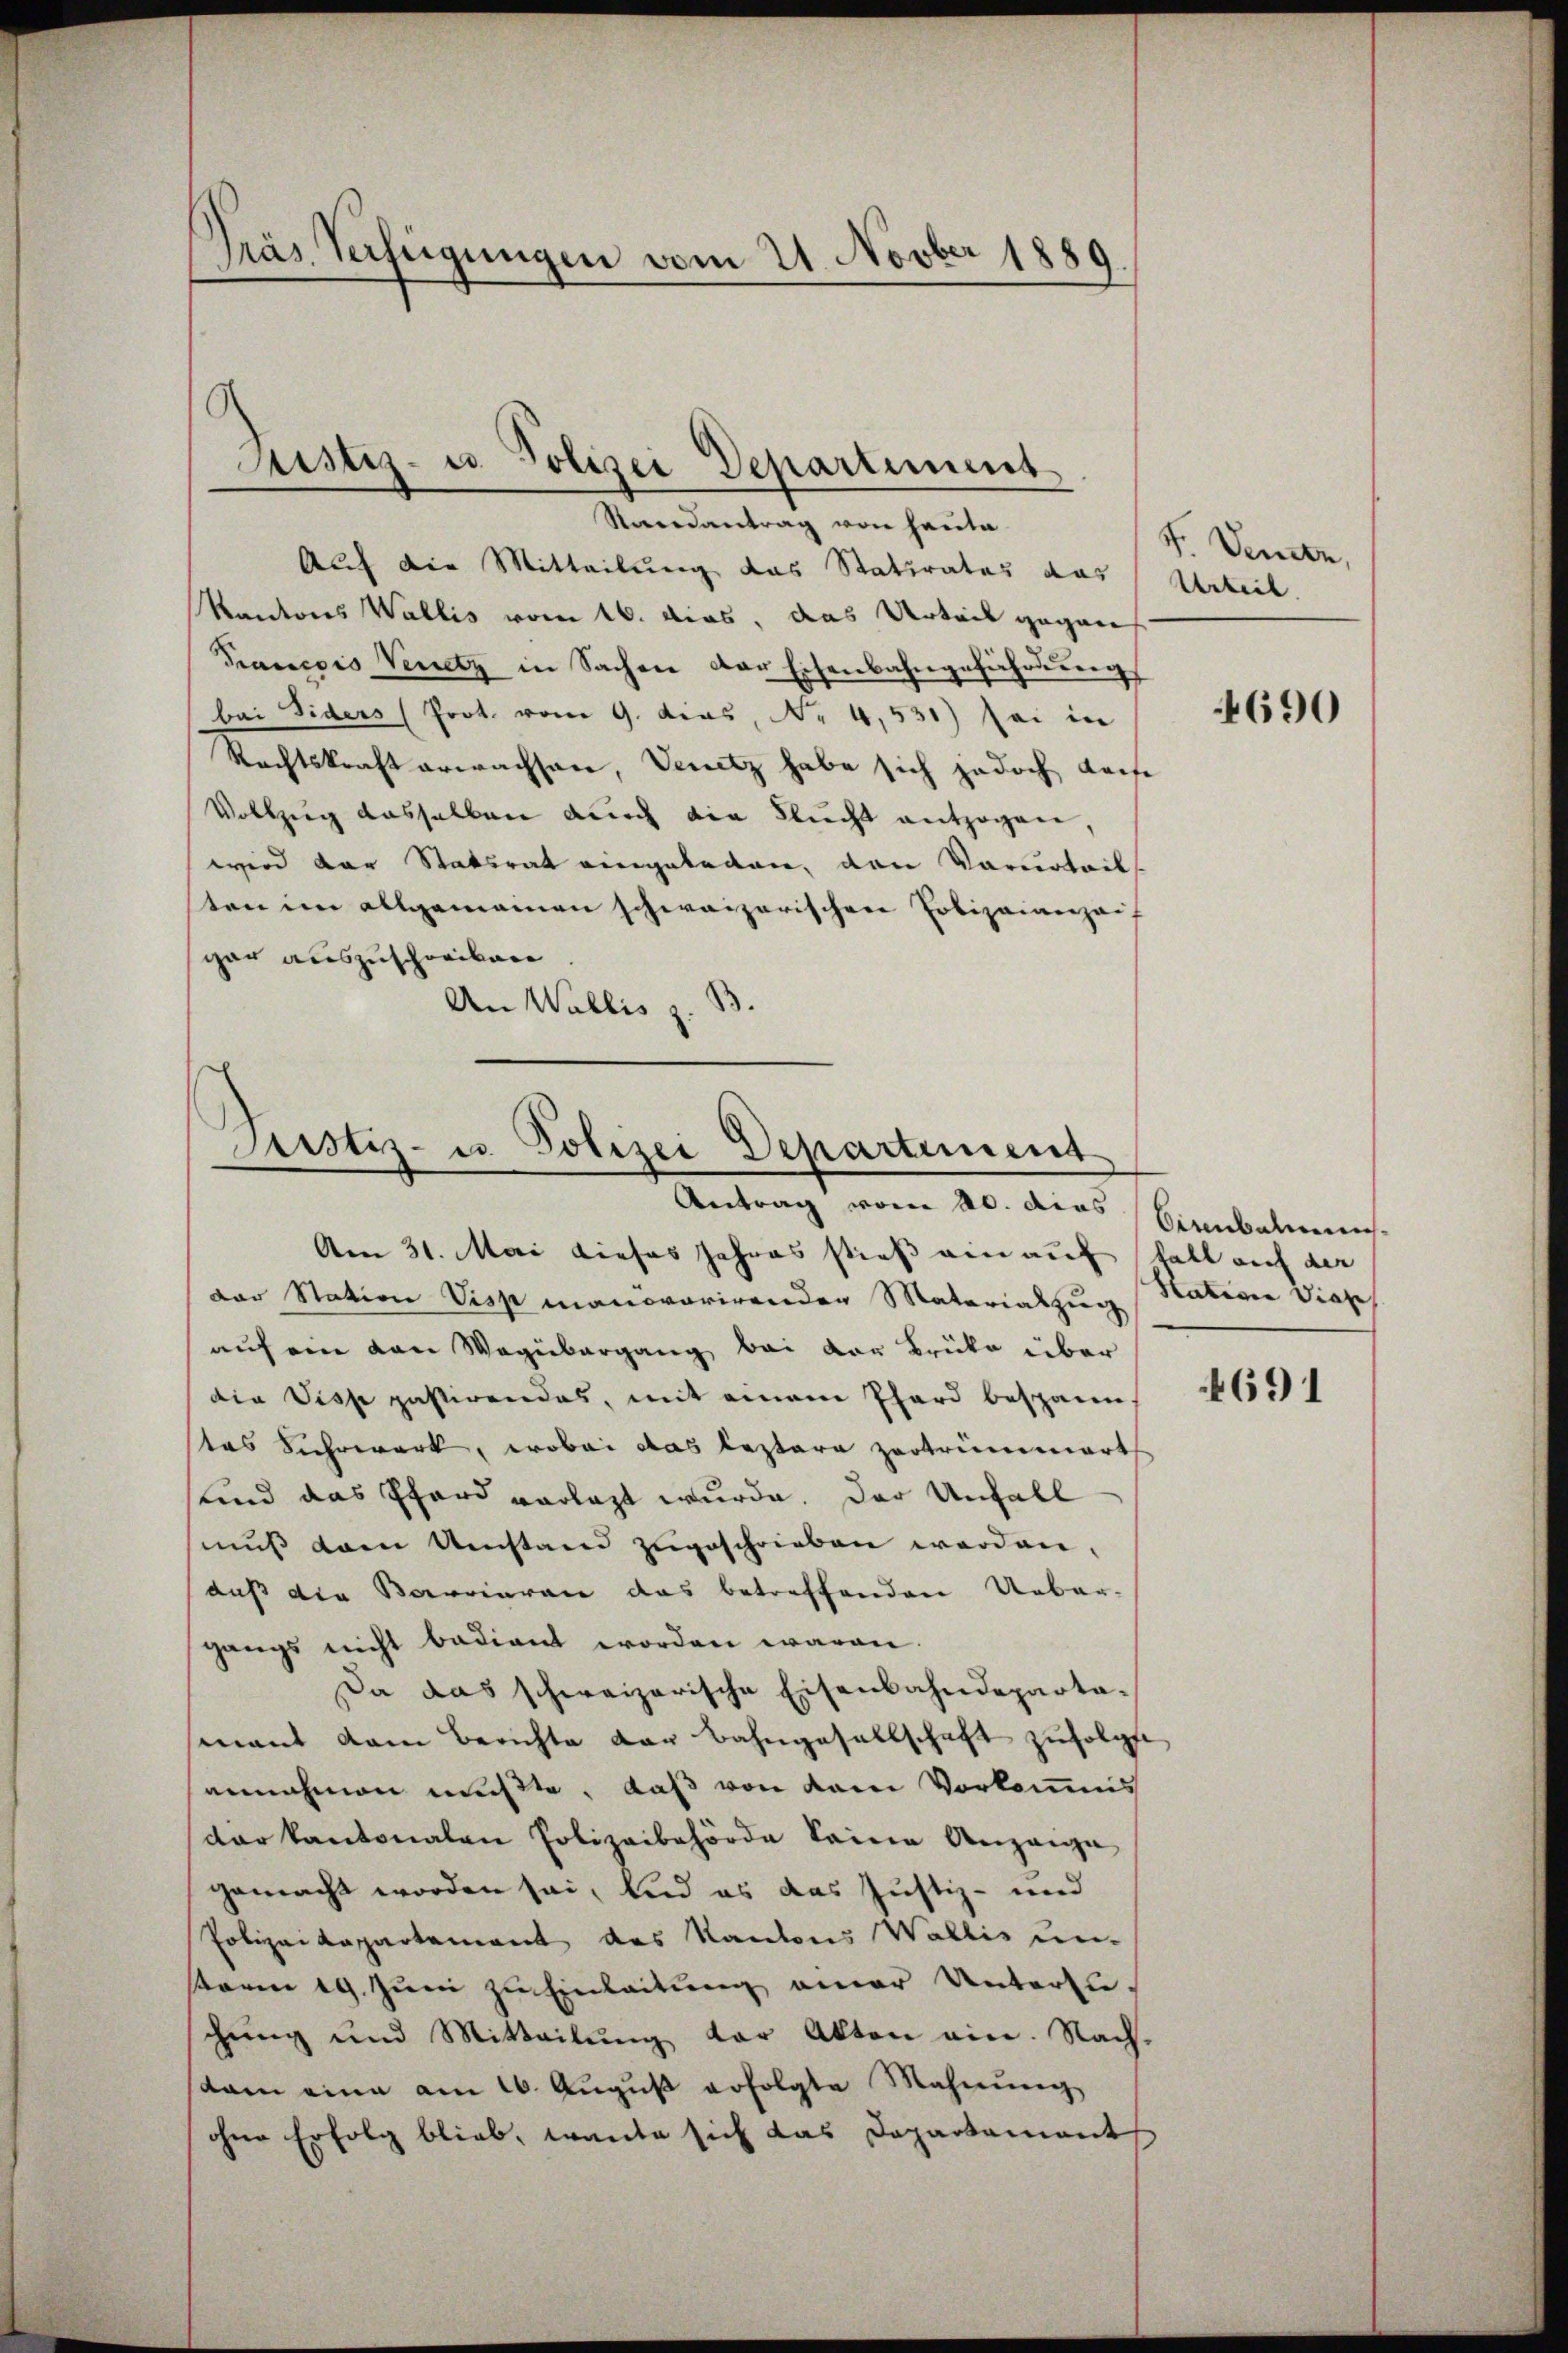
Präs. Verfügungen vom 21. Novber 1889.

Justiz- u. Polizei Departiment
Randantrag von Hauta

Auf die Mitteilung das Statirates das
Kantons Wallis vom 16. dies, das Urteil gegen
Tanesis Venetz in Sachen der Eisenbahngeführung
bai Siders (Prot. vom 9. dies, No 4,531) sei in
Rechtskraft erwachsen, Venetz habe sich jedoch dache
Vollzug dasselben durch die Flŭcht entzogen,
wird der Statsrat eingeladen, den Verurteil
ten im allgemeinen schweizerischen Polizeianzei
gar auszuschreiben
An Wallis z. B.

Justiz- u. Polizei Departement
Antrag vom 20. das Birnbaumes

Am 31. Mai dieses Jahres stieß ein auf fall auf der
Der Station Visp manovarirender Materiakzug Natione diese
aŭf ein von Wegübergang bei der Brüke über
die Disse pastirendes, mit einem Phard bespann,
stes Fuhrwerk, wobei das leztere zertrümmert
und das Phard vorlegt wurde. Der Unfall
muß dann Umstand zugeschrieben worden.
daß die Barrieren das betreffenden Ueber-
gangs nicht badiant worden waren.
Da das schweizerische Eisenbahndepartamant dem Berichte der Bahngesellschaft zufolgte
annahmen mußte, daß von dem Vorkommnis
dar kantonalen Polizeibehörde keine Anzeige
gemacht worden sei, und es das Justiz- und
Polizeikappartement des Kantons Wallis un-
sterie 19. Juni zu Einleitung einer Unterzuchung und Mitteilung der Akten ein. Nach-
kam eine am 16. August erfolgte Mahnung
ohne Erfolg blieb, wante sich das Departament

F. Venen,
Urteil.

4690

4691